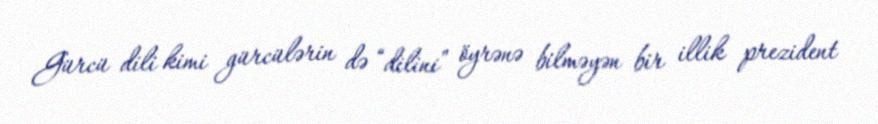
Gürcü dili kimi gürcülərin də “dilini” öyrənə bilməyən bir illik prezident